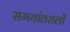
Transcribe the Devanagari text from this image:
समयांतरालों